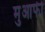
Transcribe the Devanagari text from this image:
मुआफी